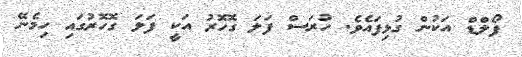
ފޯލްޑް އަކުން ގުޅިފައެވެ. ހުރަސް ފަލަ ގޮހޮރު އަކީ ފަލަ ގޮހޮރުގައި ހިމެނޭ